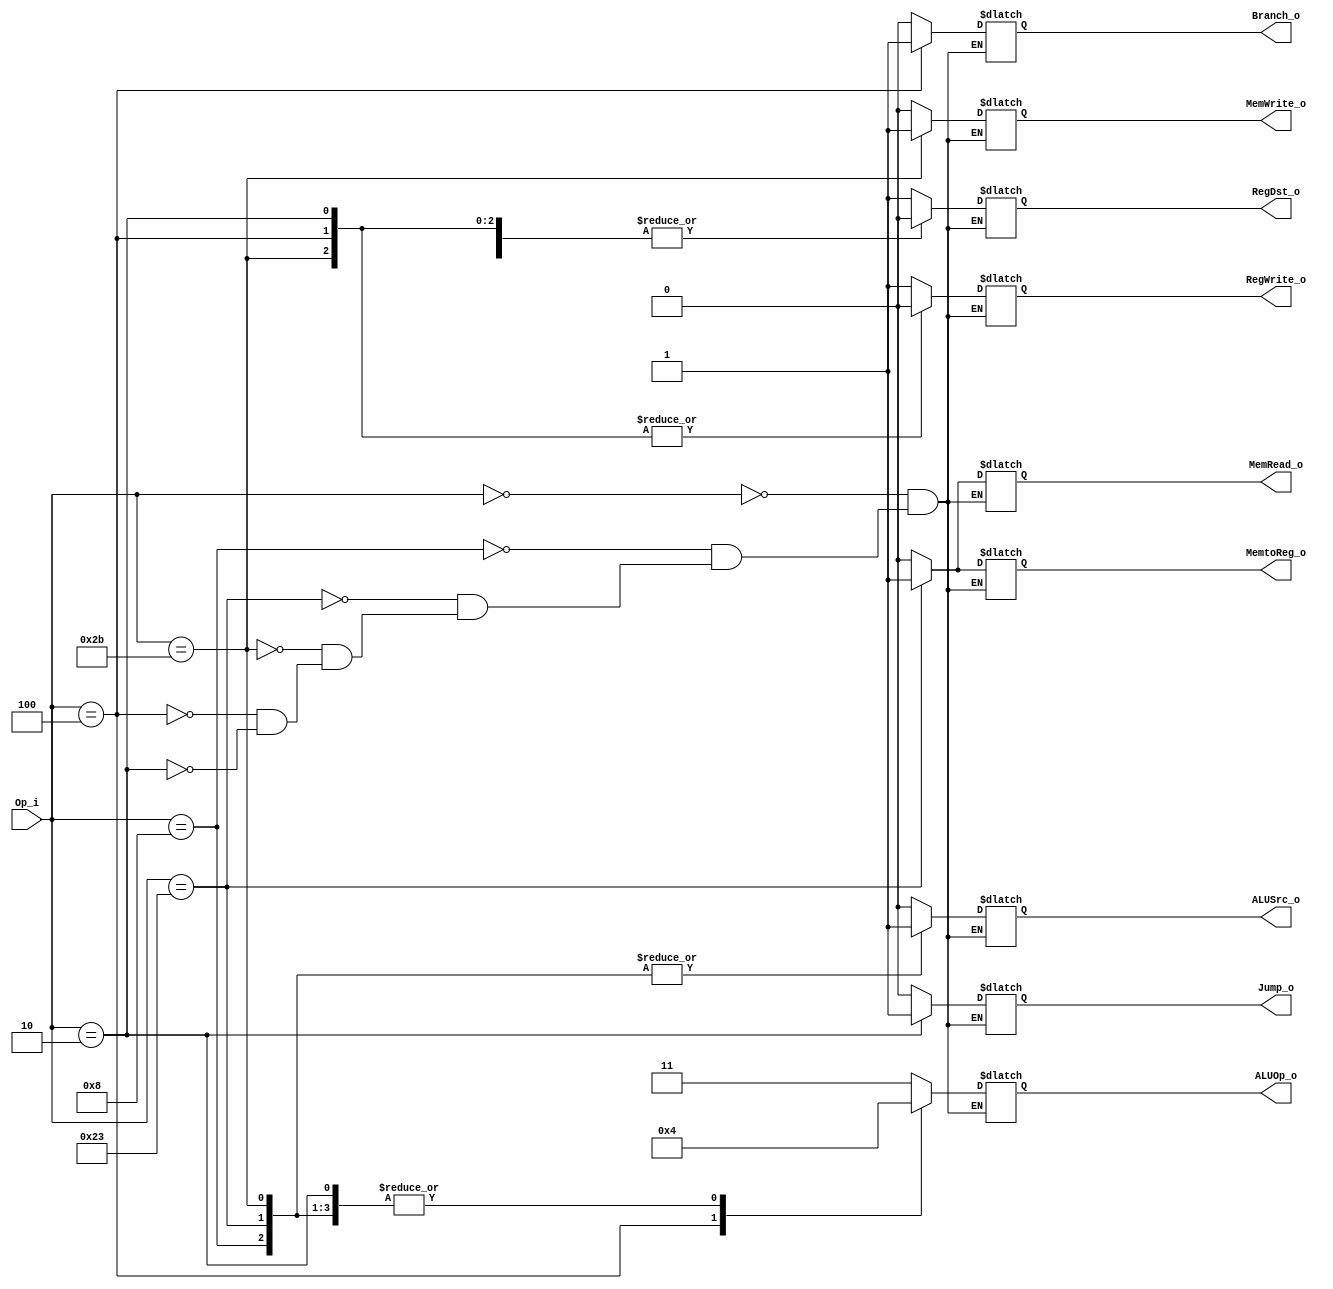
module Control
(
	Op_i,
	RegWrite_o,
	MemtoReg_o,
	Branch_o,
	MemRead_o,
	MemWrite_o,
	RegDst_o,
	ALUOp_o,
	ALUSrc_o,
	Jump_o
);

input [5:0] Op_i;
output RegWrite_o, MemtoReg_o, Branch_o, MemRead_o, MemWrite_o, RegDst_o, ALUSrc_o, Jump_o;
output [1:0] ALUOp_o;
reg RegWrite_o, MemtoReg_o, Branch_o, MemRead_o, MemWrite_o, RegDst_o, ALUSrc_o, Jump_o;
reg [1:0] ALUOp_o;

always@(Op_i)begin
    case( Op_i )
	6'b000000: begin // R-type
		RegWrite_o <= 1'b1;
		MemtoReg_o <= 1'b0;
		Branch_o <= 1'b0;
		MemRead_o <= 1'b0;
		MemWrite_o <= 1'b0;
		RegDst_o <= 1'b1;
		ALUOp_o <= 2'b11;
		ALUSrc_o <= 1'b0;
		Jump_o <= 1'b0;
	end

	6'b001000: begin // addi
		RegWrite_o <= 1'b1;
		MemtoReg_o <= 1'b0;
		Branch_o <= 1'b0;
		MemRead_o <= 1'b0;
		MemWrite_o <= 1'b0;
		RegDst_o <= 1'b0;
		ALUOp_o <= 2'b00;
		ALUSrc_o <= 1'b1;
		Jump_o <= 1'b0;
	end

	6'b100011: begin // lw
		RegWrite_o <= 1'b1;
		MemtoReg_o <= 1'b1;
		Branch_o <= 1'b0;
		MemRead_o <= 1'b1;
		MemWrite_o <= 1'b0;
		RegDst_o <= 1'b0;
		ALUOp_o <= 2'b00;
		ALUSrc_o <= 1'b1;
		Jump_o <= 1'b0;
	end

	6'b101011: begin // sw
		RegWrite_o <= 1'b0;
		MemtoReg_o <= 1'b0;
		Branch_o <= 1'b0;
		MemRead_o <= 1'b0;
		MemWrite_o <= 1'b1;
		RegDst_o <= 1'b0;
		ALUOp_o <= 2'b00;
		ALUSrc_o <= 1'b1;
		Jump_o <= 1'b0;
	end

	6'b000100: begin // beq
		RegWrite_o <= 1'b0;
		MemtoReg_o <= 1'b0;
		Branch_o <= 1'b1;
		MemRead_o <= 1'b0;
		MemWrite_o <= 1'b0;
		RegDst_o <= 1'b0;
		ALUOp_o <= 2'b01;
		ALUSrc_o <= 1'b0;
		Jump_o <= 1'b0;
	end

	6'b000010: begin // jump
		RegWrite_o <= 1'b0;
		MemtoReg_o <= 1'b0;
		Branch_o <= 1'b0;
		MemRead_o <= 1'b0;
		MemWrite_o <= 1'b0;
		RegDst_o <= 1'b0;
		ALUOp_o <= 2'b00;
		ALUSrc_o <= 1'b0;
		Jump_o <= 1'b1;
	end

	default: $display("Invalid Op signal");
	endcase
end

endmodule